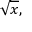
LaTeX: { \sqrt { x } } ,